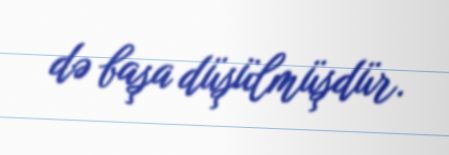
də başa düşülmüşdür.